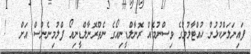
ފައިނަލަށްކުޅުން ހުއްޓާލުމުގެ ވިސްނުމެއް ރޮނާލްޑީނިއޯގެ ނެތްރޮނާލްޑީނިއޯ ފްލުމިނެންސް އަށް   !